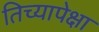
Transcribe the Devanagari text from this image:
तिच्यापेक्षा